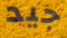
جيد